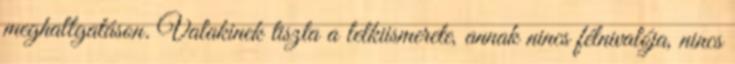
meghallgatáson. Valakinek tiszta a lelkiismerete, annak nincs félnivalója, nincs